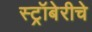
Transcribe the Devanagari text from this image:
स्ट्रॉबेरीचे